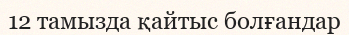
12 тамызда қайтыс болғандар